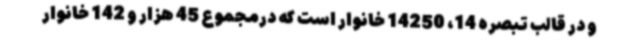
و در قالب تبصره 14، 14250 خانوار است که درمجموع 45 هزار و 142 خانوار